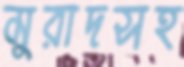
মুরাদসহ